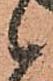
候